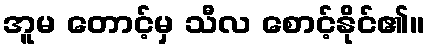
အူမ တောင့်မှ သီလ စောင့်နိုင်၏။